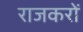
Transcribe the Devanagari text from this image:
राजकरों